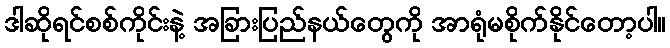
ဒါဆိုရင်စစ်ကိုင်းနဲ့ အခြားပြည်နယ်တွေကို အာရုံမစိုက်နိုင်တော့ပါ။